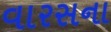
વારસના